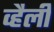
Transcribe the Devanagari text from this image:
व्हैली